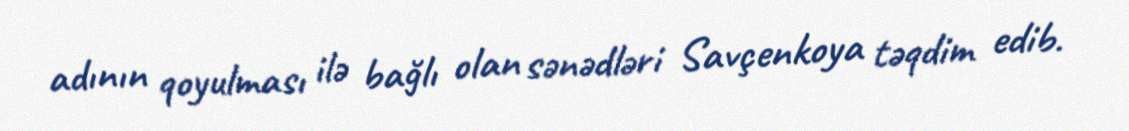
adının qoyulması ilə bağlı olan sənədləri Savçenkoya təqdim edib.